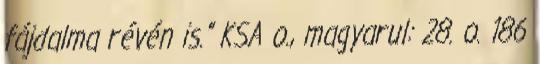
fájdalma révén is.” KSA o., magyarul: 28. o. 186